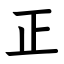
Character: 正